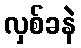
လှစ်ခနဲ